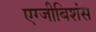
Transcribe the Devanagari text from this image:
एग्जीबिशंस